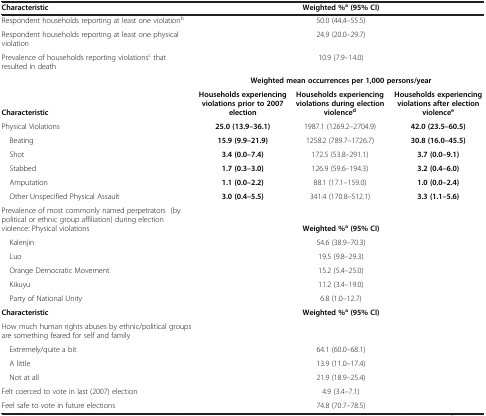
<table><thead><tr><td><b>Characteristic</b></td><td colspan="3"><b>Weighted %<sup>a </sup>(95% CI)</b></td></tr></thead><tbody><tr><td>Respondent households reporting at least one violation<sup>b</sup></td><td colspan="3">50.0 (44.4–55.5)</td></tr><tr><td>Respondent households reporting at least one physical violation</td><td colspan="3">24.9 (20.0–29.7)</td></tr><tr><td>Prevalence of households reporting violations<sup>c</sup> that resulted in death</td><td colspan="3">10.9 (7.9–14.0)</td></tr><tr><td> </td><td colspan="3"><b>Weighted mean occurrences per 1,000 persons/year</b></td></tr><tr><td><b>Characteristic</b></td><td><b>Households experiencing violations prior to 2007 election</b></td><td><b>Households experiencing violations during election violence</b><sup><b>d</b></sup></td><td><b>Households experiencing violations after election violence</b><sup><b>e</b></sup></td></tr><tr><td>Physical Violations</td><td><b>25.0 (13.9–36.1)</b></td><td>1987.1 (1269.2–2704.9)</td><td><b>42.0 (23.5–60.5)</b></td></tr><tr><td> Beating</td><td><b>15.9 (9.9–21.9)</b></td><td>1258.2 (789.7–1726.7)</td><td><b>30.8 (16.0–45.5)</b></td></tr><tr><td> Shot</td><td><b>3.4 (0.0–7.4)</b></td><td>172.5 (53.8–291.1)</td><td><b>3.7 (0.0–9.1)</b></td></tr><tr><td> Stabbed</td><td><b>1.7 (0.3–3.0)</b></td><td>126.9 (59.6–194.3)</td><td><b>3.2 (0.4–6.0)</b></td></tr><tr><td> Amputation</td><td><b>1.1 (0.0–2.2)</b></td><td>88.1 (17.1–159.0)</td><td><b>1.0 (0.0–2.4)</b></td></tr><tr><td> Other Unspecified Physical Assault</td><td><b>3.0 (0.4–5.5)</b></td><td>341.4 (170.8–512.1)</td><td><b>3.3 (1.1–5.6)</b></td></tr><tr><td>Prevalence of most commonly named perpetrators (by political or ethnic group affiliation) during election violence: Physical violations</td><td colspan="3"><b>Weighted %</b><sup><b>a </b></sup><b>(95% CI)</b></td></tr><tr><td> Kalenjin</td><td colspan="3">54.6 (38.9–70.3)</td></tr><tr><td> Luo</td><td colspan="3">19.5 (9.8–29.3)</td></tr><tr><td> Orange Democratic Movement</td><td colspan="3">15.2 (5.4–25.0)</td></tr><tr><td> Kikuyu</td><td colspan="3">11.2 (3.4–19.0)</td></tr><tr><td> Party of National Unity</td><td colspan="3">6.8 (1.0–12.7)</td></tr><tr><td><b>Characteristic</b></td><td colspan="3"><b>Weighted %</b><sup><b>a </b></sup><b>(95% CI)</b></td></tr><tr><td>How much human rights abuses by ethnic/political groups are something feared for self and family</td><td colspan="3"> </td></tr><tr><td> Extremely/quite a bit</td><td colspan="3">64.1 (60.0–68.1)</td></tr><tr><td> A little</td><td colspan="3">13.9 (11.0–17.4)</td></tr><tr><td> Not at all</td><td colspan="3">21.9 (18.9–25.4)</td></tr><tr><td>Felt coerced to vote in last (2007) election</td><td colspan="3">4.9 (3.4–7.1)</td></tr><tr><td>Feel safe to vote in future elections</td><td colspan="3">74.8 (70.7–78.5)</td></tr></tbody></table>